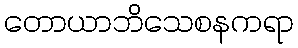
တောယာဘိသေစနကရာ